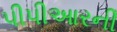
પીપીઆરની